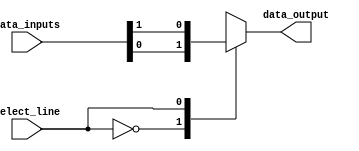
module io_mux_demux (
    input wire [2:0] data_inputs,
    input wire select_line,
    output reg data_output
);

always @(data_inputs, select_line) begin
    case (select_line)
        3'b000: data_output <= data_inputs[0];
        3'b001: data_output <= data_inputs[1];
        3'b010: data_output <= data_inputs[2];
        default: data_output <= 3'bxxx; // Invalid selection
    endcase
end

endmodule